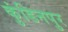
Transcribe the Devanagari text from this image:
कुंडिनपुर